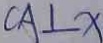
C A \bot x